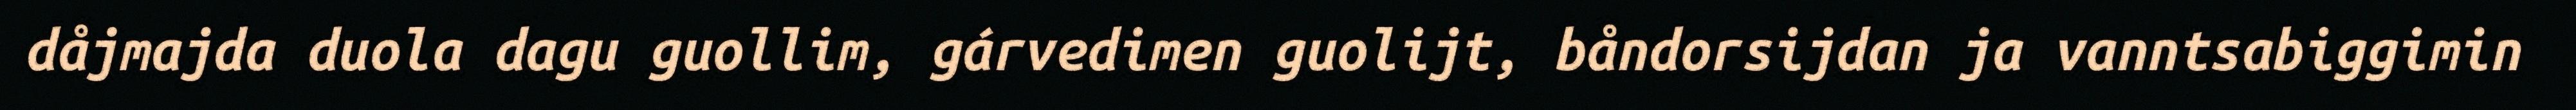
dåjmajda duola dagu guollim, gárvedimen guolijt, båndorsijdan ja vanntsabiggimin